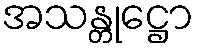
အသန္တုဋ္ဌော